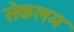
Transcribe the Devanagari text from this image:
सेकलम